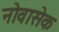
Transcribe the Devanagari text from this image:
नोवासेक